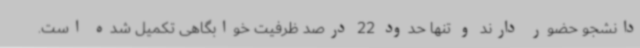
دانشجو حضور دارند و تنها حدود 22 درصد ظرفیت خوابگاهی تکمیل شده است.